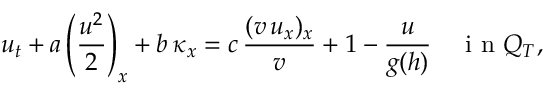
u _ { t } + a \left( \frac { u ^ { 2 } } { 2 } \right) _ { x } + b \, \kappa _ { x } = c \, \frac { ( v \, u _ { x } ) _ { x } } { v } + 1 - \frac { u } { g ( h ) } \quad \mathrm { ~ i ~ n ~ } Q _ { T } ,